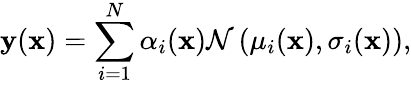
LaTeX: \mathbf{y}(\mathbf{x})=\sum_{i=1}^{N}\alpha_{i}(\mathbf{x})\mathcal{N}\left(\mu_{i}(\mathbf{x}),\sigma_{i}(\mathbf{x})\right),